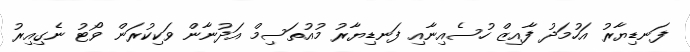
ފަނޑިޔާރު އަހުމަދު ފާއިޒް ހުސެއިނާއި ފަނޑިޔާރު މުއުތަސިމް އަދުނާން ވަކިކުރަން ވޯޓު ނެގިއިރު